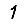
Digit: 1